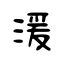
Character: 湲